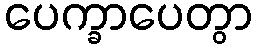
ပေက္ခာပေတွာ